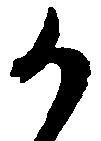
う